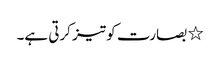
٭ بصارت کو تیز کرتی ہے۔